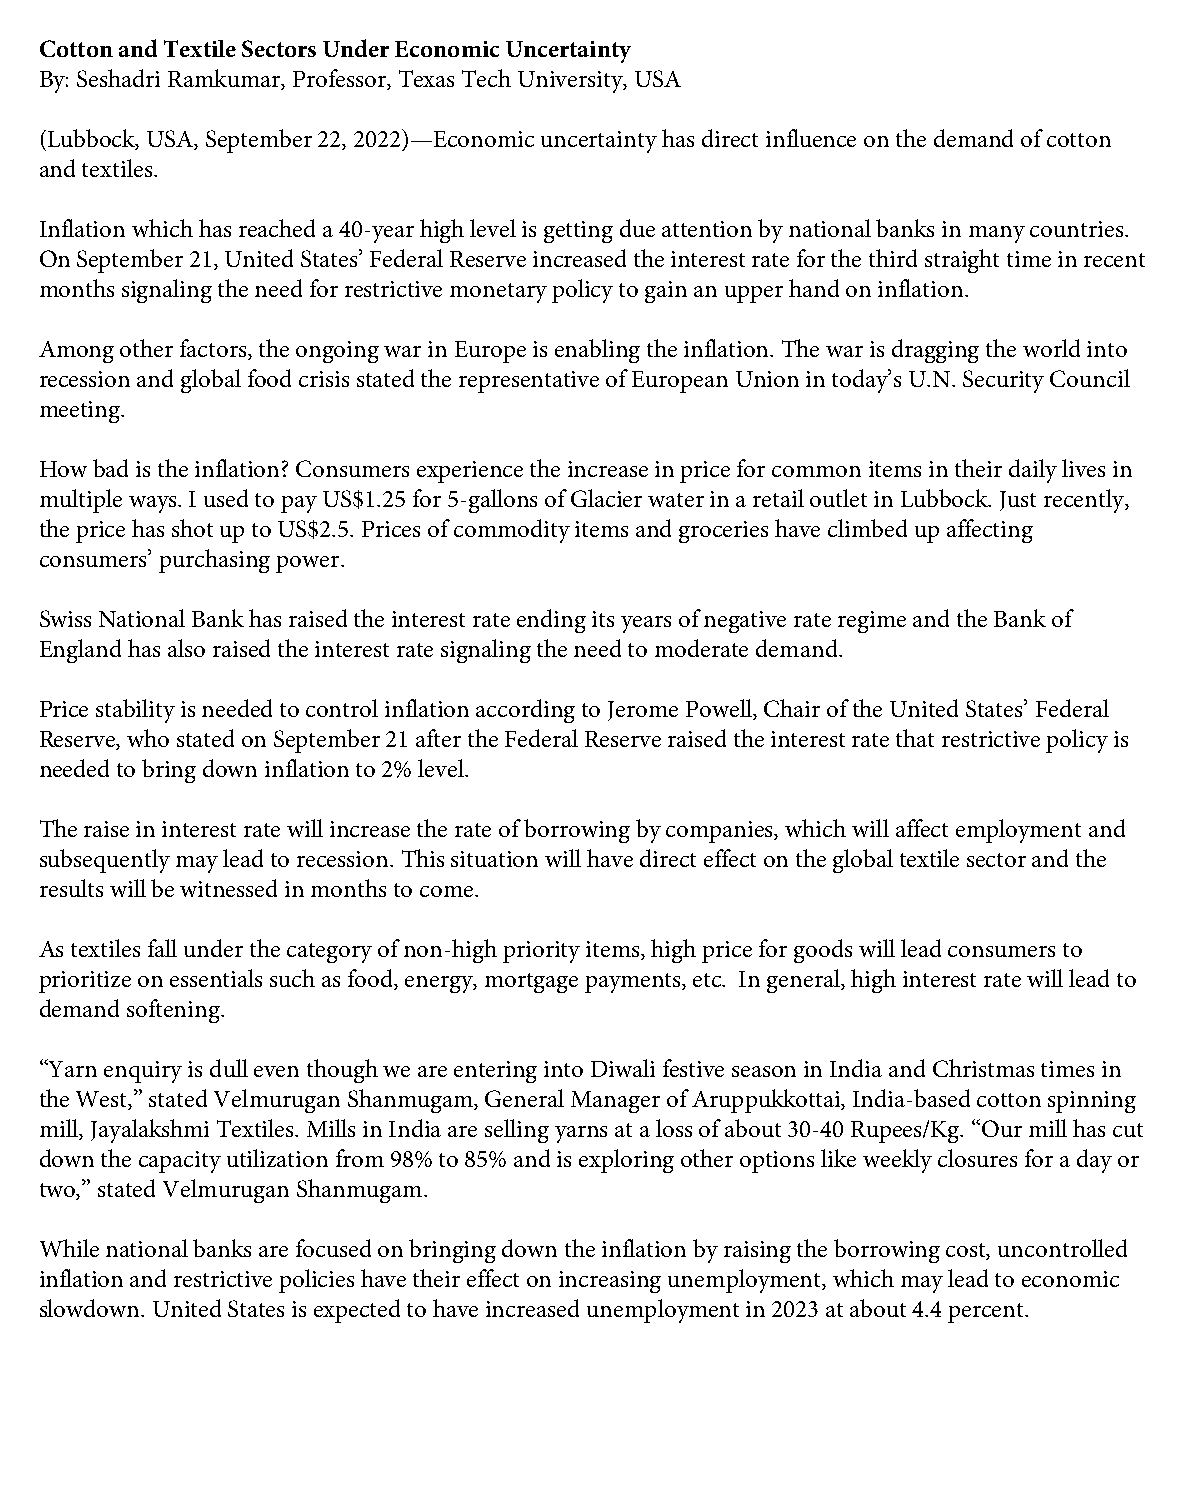
Cotton and Textile Sectors Under Economic Uncertainty
 By: Seshadri Ramkumar, Professor, Texas Tech University, USA
 (Lubbock, USA, September 22, 2022)—Economic uncertainty has direct influence on the demand of cotton
 and textiles.
 Inflation which has reached a 40-year high level is getting due attention by national banks in many countries.
 On September 21, United States’ Federal Reserve increased the interest rate for the third straight time in recent
 months signaling the need for restrictive monetary policy to gain an upper hand on inflation.
 Among other factors, the ongoing war in Europe is enabling the inflation. The war is dragging the world into
 recession and global food crisis stated the representative of European Union in today’s U.N. Security Council
 meeting.
 How bad is the inflation? Consumers experience the increase in price for common items in their daily lives in
 multiple ways. I used to pay US$1.25 for 5-gallons of Glacier water in a retail outlet in Lubbock. Just recently,
 the price has shot up to US$2.5. Prices of commodity items and groceries have climbed up affecting
 consumers’ purchasing power.
 Swiss National Bank has raised the interest rate ending its years of negative rate regime and the Bank of
 England has also raised the interest rate signaling the need to moderate demand.
 Price stability is needed to control inflation according to Jerome Powell, Chair of the United States’ Federal
 Reserve, who stated on September 21 after the Federal Reserve raised the interest rate that restrictive policy is
 needed to bring down inflation to 2% level.
 The raise in interest rate will increase the rate of borrowing by companies, which will affect employment and
 subsequently may lead to recession. This situation will have direct effect on the global textile sector and the
 results will be witnessed in months to come.
 As textiles fall under the category of non-high priority items, high price for goods will lead consumers to
 prioritize on essentials such as food, energy, mortgage payments, etc. In general, high interest rate will lead to
 demand softening.
 “Yarn enquiry is dull even though we are entering into Diwali festive season in India and Christmas times in
 the West,” stated Velmurugan Shanmugam, General Manager of Aruppukkottai, India-based cotton spinning
 mill, Jayalakshmi Textiles. Mills in India are selling yarns at a loss of about 30-40 Rupees/Kg. “Our mill has cut
 down the capacity utilization from 98% to 85% and is exploring other options like weekly closures for a day or
 two,” stated Velmurugan Shanmugam.
 While national banks are focused on bringing down the inflation by raising the borrowing cost, uncontrolled
 inflation and restrictive policies have their effect on increasing unemployment, which may lead to economic
 slowdown. United States is expected to have increased unemployment in 2023 at about 4.4 percent.